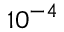
1 0 ^ { - 4 }